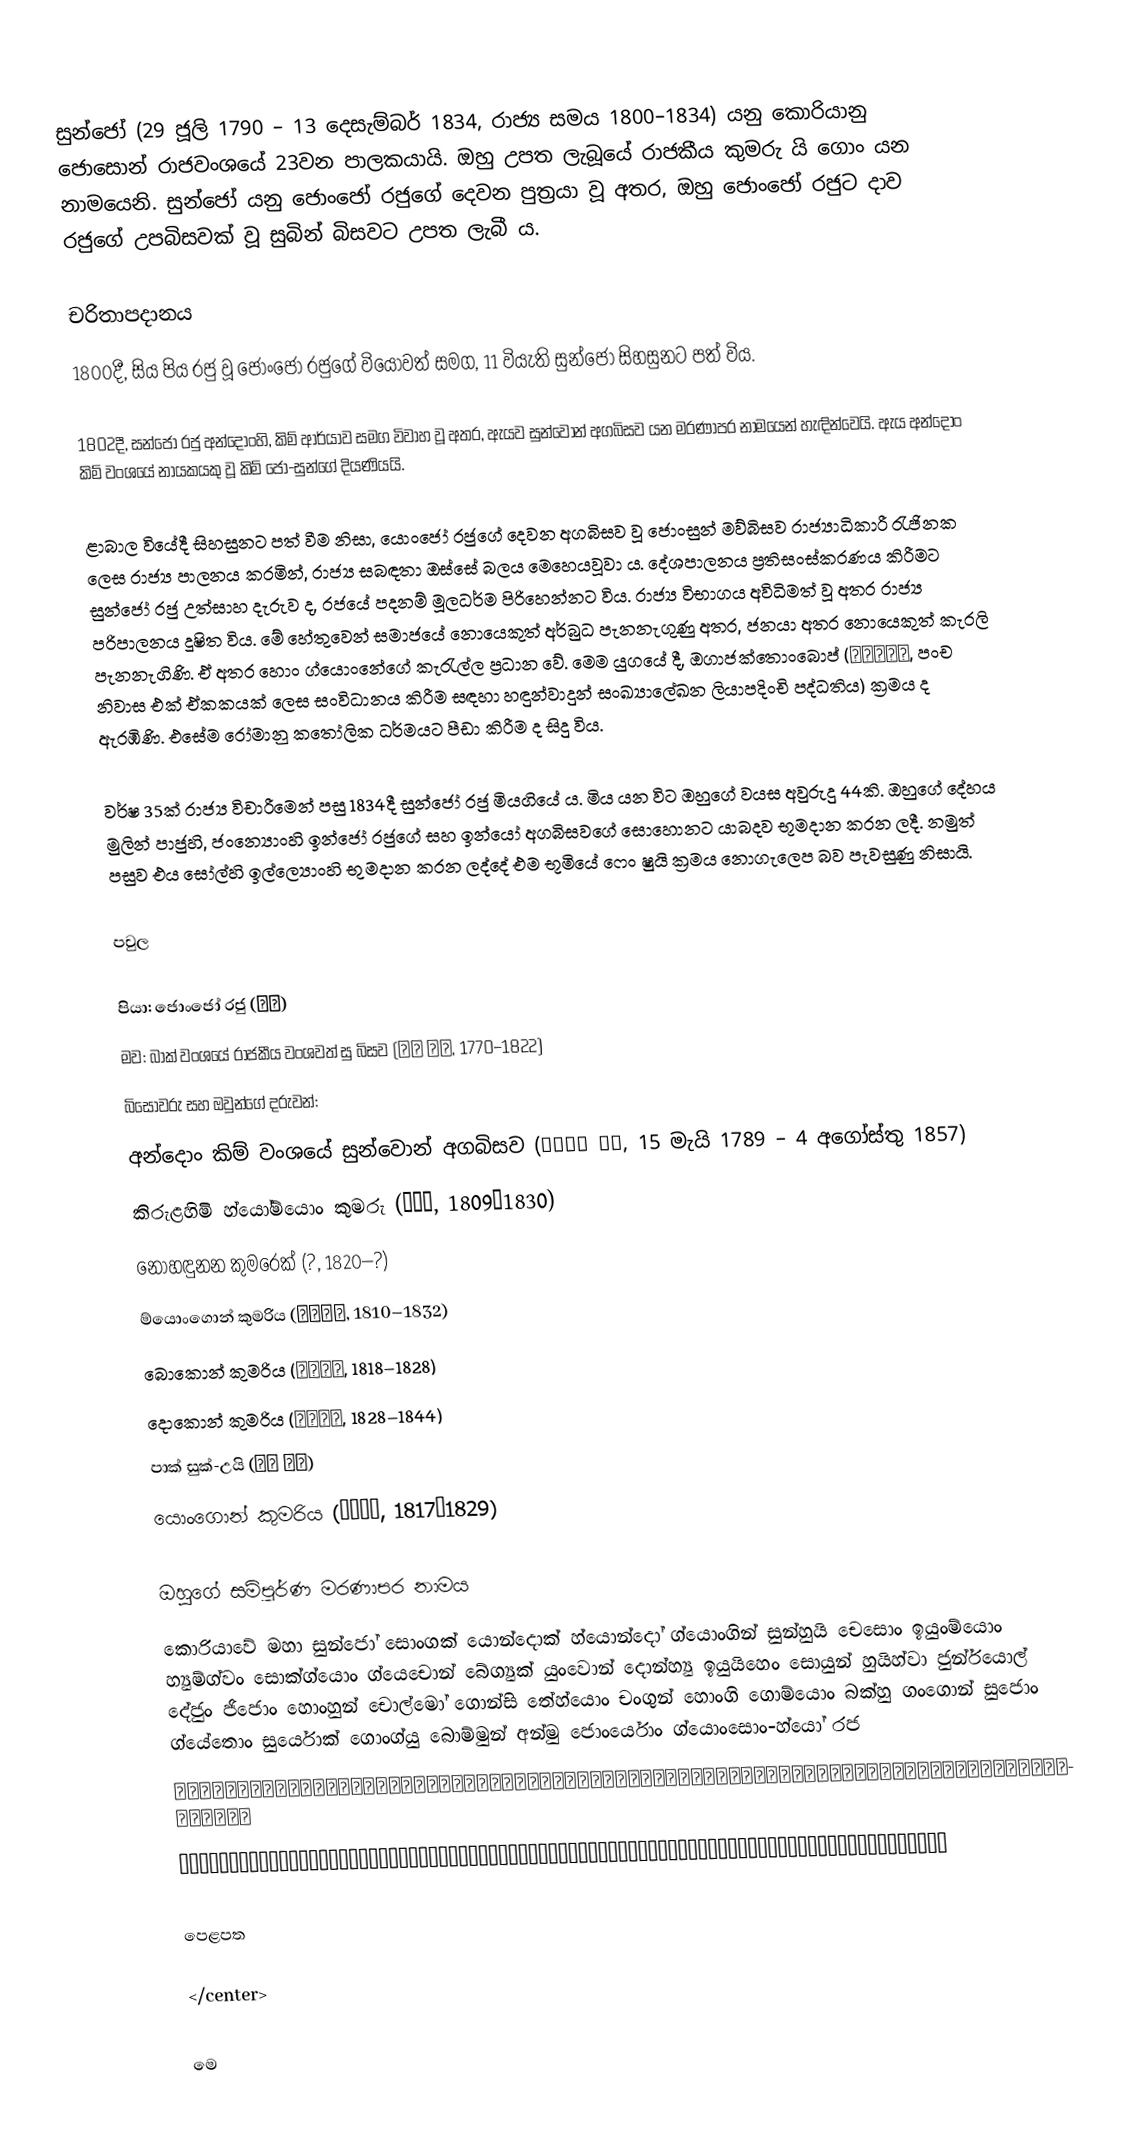
සුන්ජෝ (29 ජූලි 1790 – 13 දෙසැම්බර් 1834, රාජ්‍ය සමය 1800–1834) යනු කොරියානු ජොසොන් රාජවංශයේ 23වන පාලකයායි. ඔහු උපත ලැබූයේ රාජකීය කුමරු යි ගොං යන නාමයෙනි. සුන්ජෝ යනු ජොංජෝ රජු‍ගේ දෙවන පුත්‍රයා වූ අතර, ඔහු ජොංජෝ රජුට දාව රජුගේ උපබිසවක් වූ සුබින් බිසවට උපත ලැබී ය.

චරිතාපදානය
1800දී, සිය පිය රජු වූ ජොංජෝ රජුගේ වියෝවත් සමග, 11 වියැති සුන්ජෝ සිහසුනට පත් විය.

1802දී, සන්ජෝ රජු අන්දොංහි, කිම් ආර්යාව සමග විවාහ වූ අතර, ඇයව සුන්වොන් අගබිසව යන මරණාපර නාමයෙන් හැඳින්වෙයි. ඇය අන්දොං කිම් වංශයේ නායකයකු වූ කිම් ජෝ-සුන්ගේ දියණියයි.

ළාබාල වියේදී සිහසුනට පත් වීම නිසා, යොංජෝ රජුගේ දෙවන අගබිසව වූ ජොංසුන් මව්බිසව රාජ්‍යාධිකාරී රැජිනක ලෙස රාජ්‍ය පාලනය කරමින්, රාජ්‍ය සබඳතා ඔස්සේ බලය මෙහෙයවූවා ය. දේශපාලනය ප්‍රතිසංස්කරණය කිරීමට සුන්ජෝ රජු උත්සාහ දැරුව ද, රජයේ පදනම් මූලධර්ම පිරිහෙන්නට විය. රාජ්‍ය විභාගය අවිධිමත් වූ අතර රාජ්‍ය පරිපාලනය දූෂිත විය. මේ හේතුවෙන් සමාජයේ නොයෙකුත් අර්බුධ පැනනැගුණු අතර, ජනයා අතර නොයෙකුත් කැරලි පැනනැගිණි. ඒ අතර හොං ග්යොංනේගේ කැරැල්ල ප්‍රධාන වේ. මෙම යුගයේ දී, ඔගාජක්තොංබොප් (五家作統法, පංච නිවාස එක් ඒකකයක් ලෙස සංවිධානය කිරීම සඳහා හඳුන්වාදුන් සංඛ්‍යාලේඛන ලියාපදිංචි පද්ධතිය) ක්‍රමය ද ඇරඹිණි. එසේම රෝමානු කතෝලික ධර්මයට පීඩා කිරීම ද සිදු විය.

වර්ෂ 35ක් රාජ්‍ය විචාරීමෙන් පසු 1834දී සුන්ජෝ රජු මියගියේ ය. මිය යන විට ඔහුගේ වයස අවුරුදු 44කි. ඔහුගේ දේහය මුලින් පාජුහි, ජංන්‍යොංහි ඉන්ජෝ රජුගේ සහ ඉන්යෝ අගබිසවගේ සොහොනට යාබදව භූමදාන කරන ලදී. නමුත් පසුව එය ‍සෝල්හි ඉල්ල්‍යොංහි භුමදාන කරන ලද්දේ එම භූමියේ ෆෙං ෂුයි ක්‍රමය නොගැලෙප බව පැවසුණු නිසායි.

පවුල

 පියා: ජොංජෝ රජු (정조)
 මව: බාක් වංශයේ රාජකීය වංශවත් සු බිසව (수빈 박씨, 1770–1822)
 බිසෝවරු සහ ඔවුන්ගේ දරුවන්:
 අන්දොං කිම් වංශයේ සුන්වොන් අගබිසව (순원왕후 김씨, 15 මැයි 1789 – 4 අගෝස්තු 1857)
 කිරුළහිමි හ්යෝම්යොං කුමරු (왕세자, 1809–1830)
 නොහඳුනන කුමරෙක් (?, 1820–?)
 ම්යොංගොන් කුමරිය (명온공주, 1810–1832)
 බොකොන් කුමරිය (복온공주, 1818–1828)
 දොකොන් කුමරිය (덕온공주, 1828–1844)
 පාක් සුක්-උයි (숙의 박씨)
 යොංගොන් කුමරිය (영온옹주, 1817–1829)

ඔහුගේ සම්පූර්ණ මරණාපර නාමය
 කොරියාවේ මහා සුන්ජෝ සොංගක් යොන්දොක් හ්යොන්දෝ ග්යොංගින් සුන්හුයි චෙසොං ඉයුංම්යොං හ්‍යුම්ග්වං සොක්ග්යොං ග්යෙචොන් බේග්‍යුක් යුංවොන් දොන්හ්‍යු ඉයුයිහෙං සොයුන් හුයිහ්වා ජුන්ර්යොල් දේජුං ජිජොං හොංහුන් චොල්මෝ ගොන්සි තේහ්යොං චංගුන් හොංගි ගොම්යොං බක්හු ගංගොන් සුජොං ග්යේතොං සුර්යොක් ගොංග්යු බොම්මුන් අන්මු ජොංර්යොං ග්යොංසොං-හ්යෝ රජ
 순조선각연덕현도경인순희체성응명흠광석경계천배극융원돈휴의행소윤희화준렬대중지정홍훈철모건시태형창운홍기고명박후강건수정계통수력공유범문안무정령경성효대왕
 純祖宣恪淵德顯道景仁純禧體聖凝命欽光錫慶繼天配極隆元敦休懿行昭倫熙化浚烈大中至正洪勳哲謨乾始泰亨昌運弘基高明博厚剛健粹精啓統垂曆功裕範文安武靖英敬成孝大王

පෙළපත

</center>

මෙ